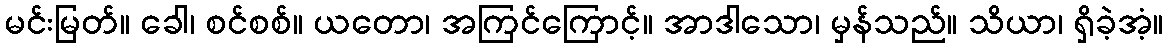
မင်းမြတ်။ ခေါ၊ စင်စစ်။ ယတော၊ အကြင်ကြောင့်။ အာဒါသော၊ မှန်သည်။ သိယာ၊ ရှိခဲ့အံ့။